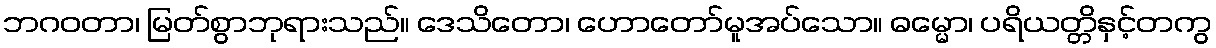
ဘဂဝတာ၊ မြတ်စွာဘုရားသည်။ ဒေသိတော၊ ဟောတော်မူအပ်သော။ ဓမ္မော၊ ပရိယတ္တိနှင့်တကွ